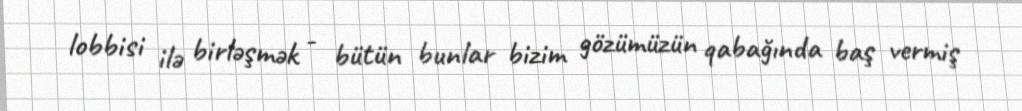
lobbisi ilə birləşmək - bütün bunlar bizim gözümüzün qabağında baş vermiş